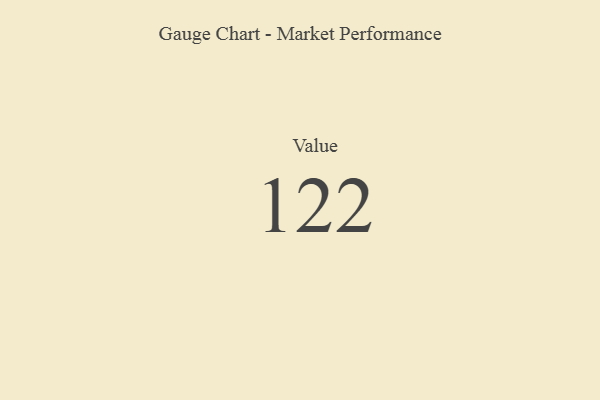
{"axis": {"x": "Metric", "y": "Value"}, "legend": [""], "data": [{"x": "Value", "y": 122, "type": ""}]}